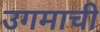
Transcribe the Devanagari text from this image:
उगमाची